DOW-UAP-D62, Mission Report, Strait of Hormuz, September 2020
Agency: Department of War
Incident date: 9/16/20
Incident location: Strait of Hormuz
Page 9
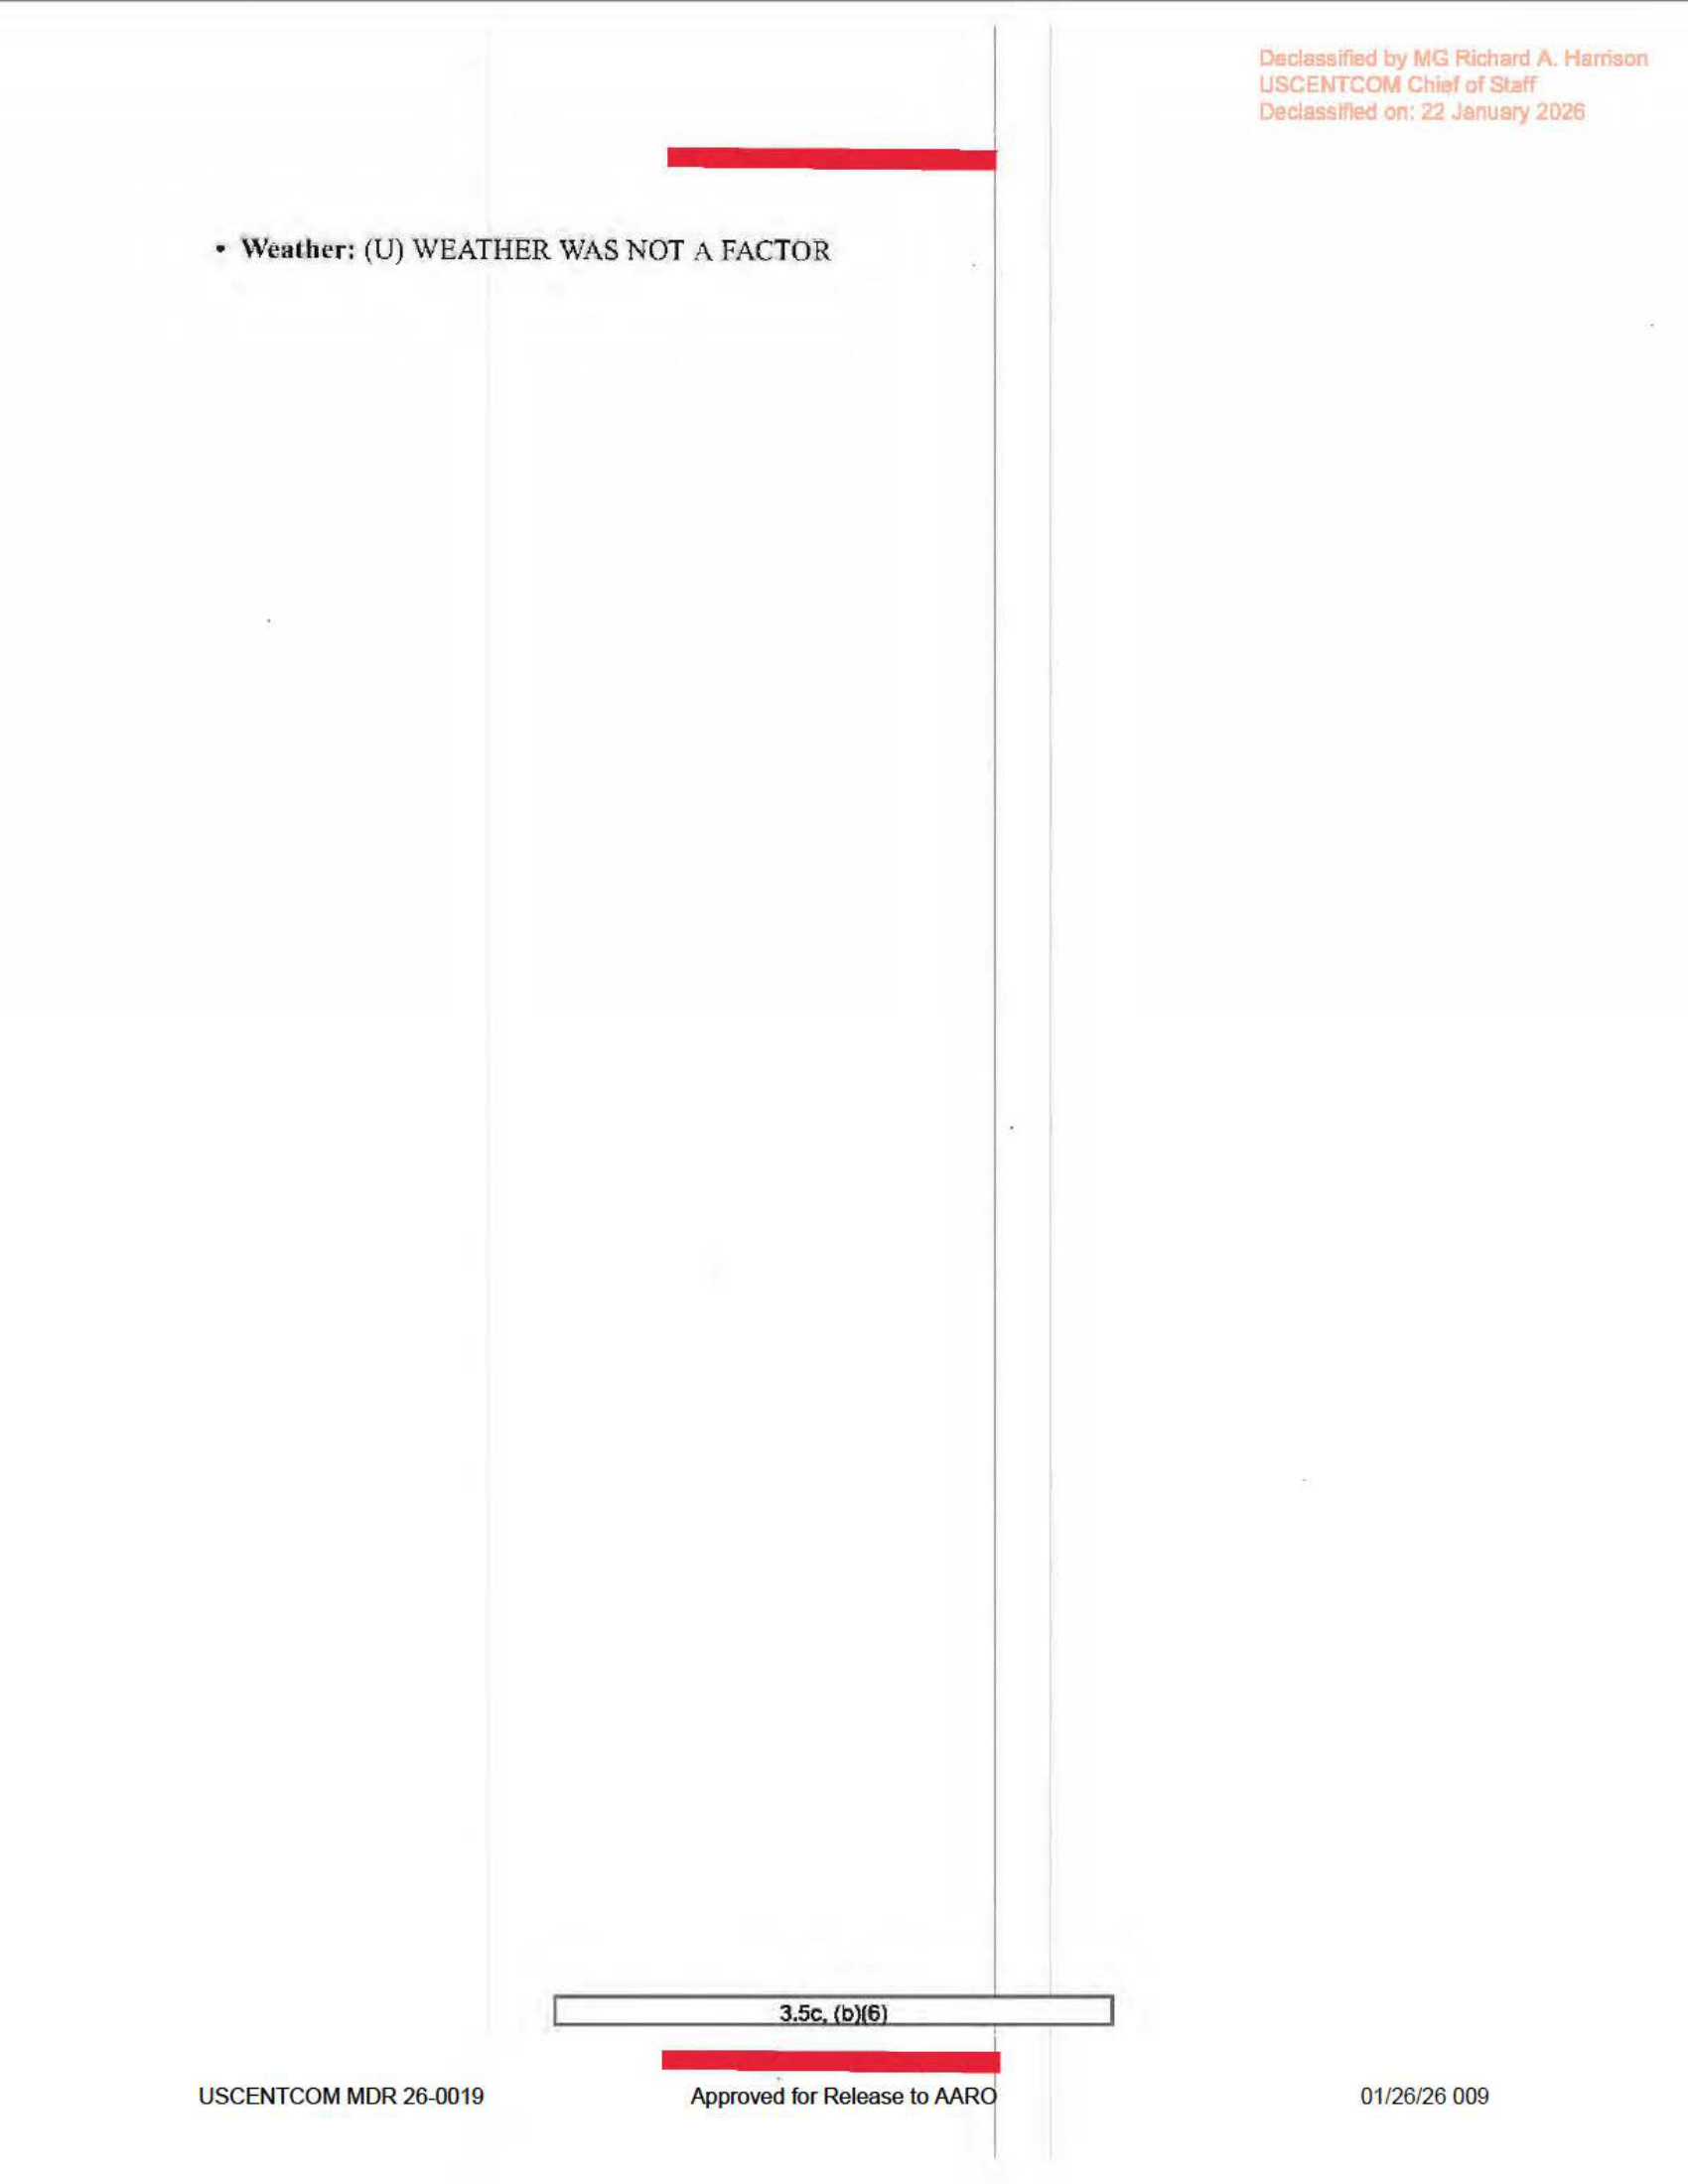